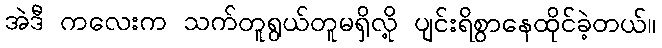
အဲဒီ ကလေးက သက်တူရွယ်တူမရှိလို့ ပျင်းရိစွာနေထိုင်ခဲ့တယ်။